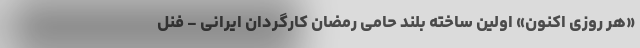
«هر روزی اکنون» اولین ساخته بلند حامی رمضان کارگردان ایرانی - فنل